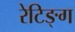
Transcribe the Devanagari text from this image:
रेटिङ्ग